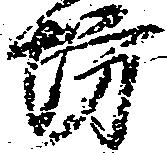
坊